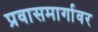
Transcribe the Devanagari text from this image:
प्रवासमार्गावर